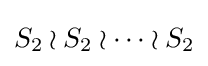
S_{2}\wr S_{2}\wr \cdots \wr S_{2}